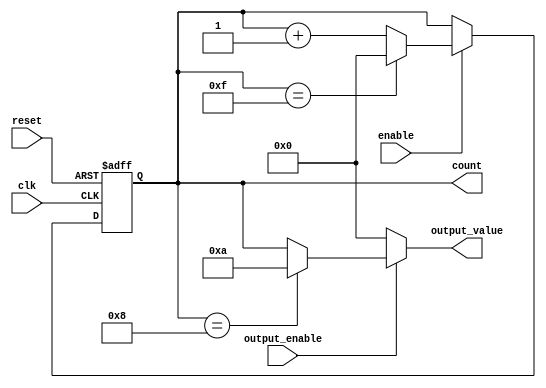
module SynchronousCounter (
    input wire clk,              // Clock input
    input wire reset,            // Asynchronous reset input
    input wire enable,           // Enable input
    input wire output_enable,     // Output enable input
    output reg [3:0] count,      // 4-bit counter output
    output reg [3:0] output_value // Conditional output
);

// Parameter for maximum count value
parameter MAX_COUNT = 4'b1111; // 15 in decimal

// Always block for synchronous counting
always @(posedge clk or posedge reset) begin
    if (reset) begin
        count <= 4'b0000; // Reset counter to 0
    end else if (enable) begin
        if (count == MAX_COUNT) begin
            count <= 4'b0000; // Wrap around to zero
        end else begin
            count <= count + 1; // Increment counter
        end
    end
end

// Always block for output control logic
always @(*) begin
    if (output_enable) begin
        // Conditional output logic
        if (count == 4'b1000) begin // Example condition (count equals 8)
            output_value = 4'b1010; // Output a specific value (10 in decimal)
        end else begin
            output_value = count; // Output current count value
        end
    end else begin
        output_value = 4'b0000; // Output 0 when output is not enabled
    end
end

endmodule